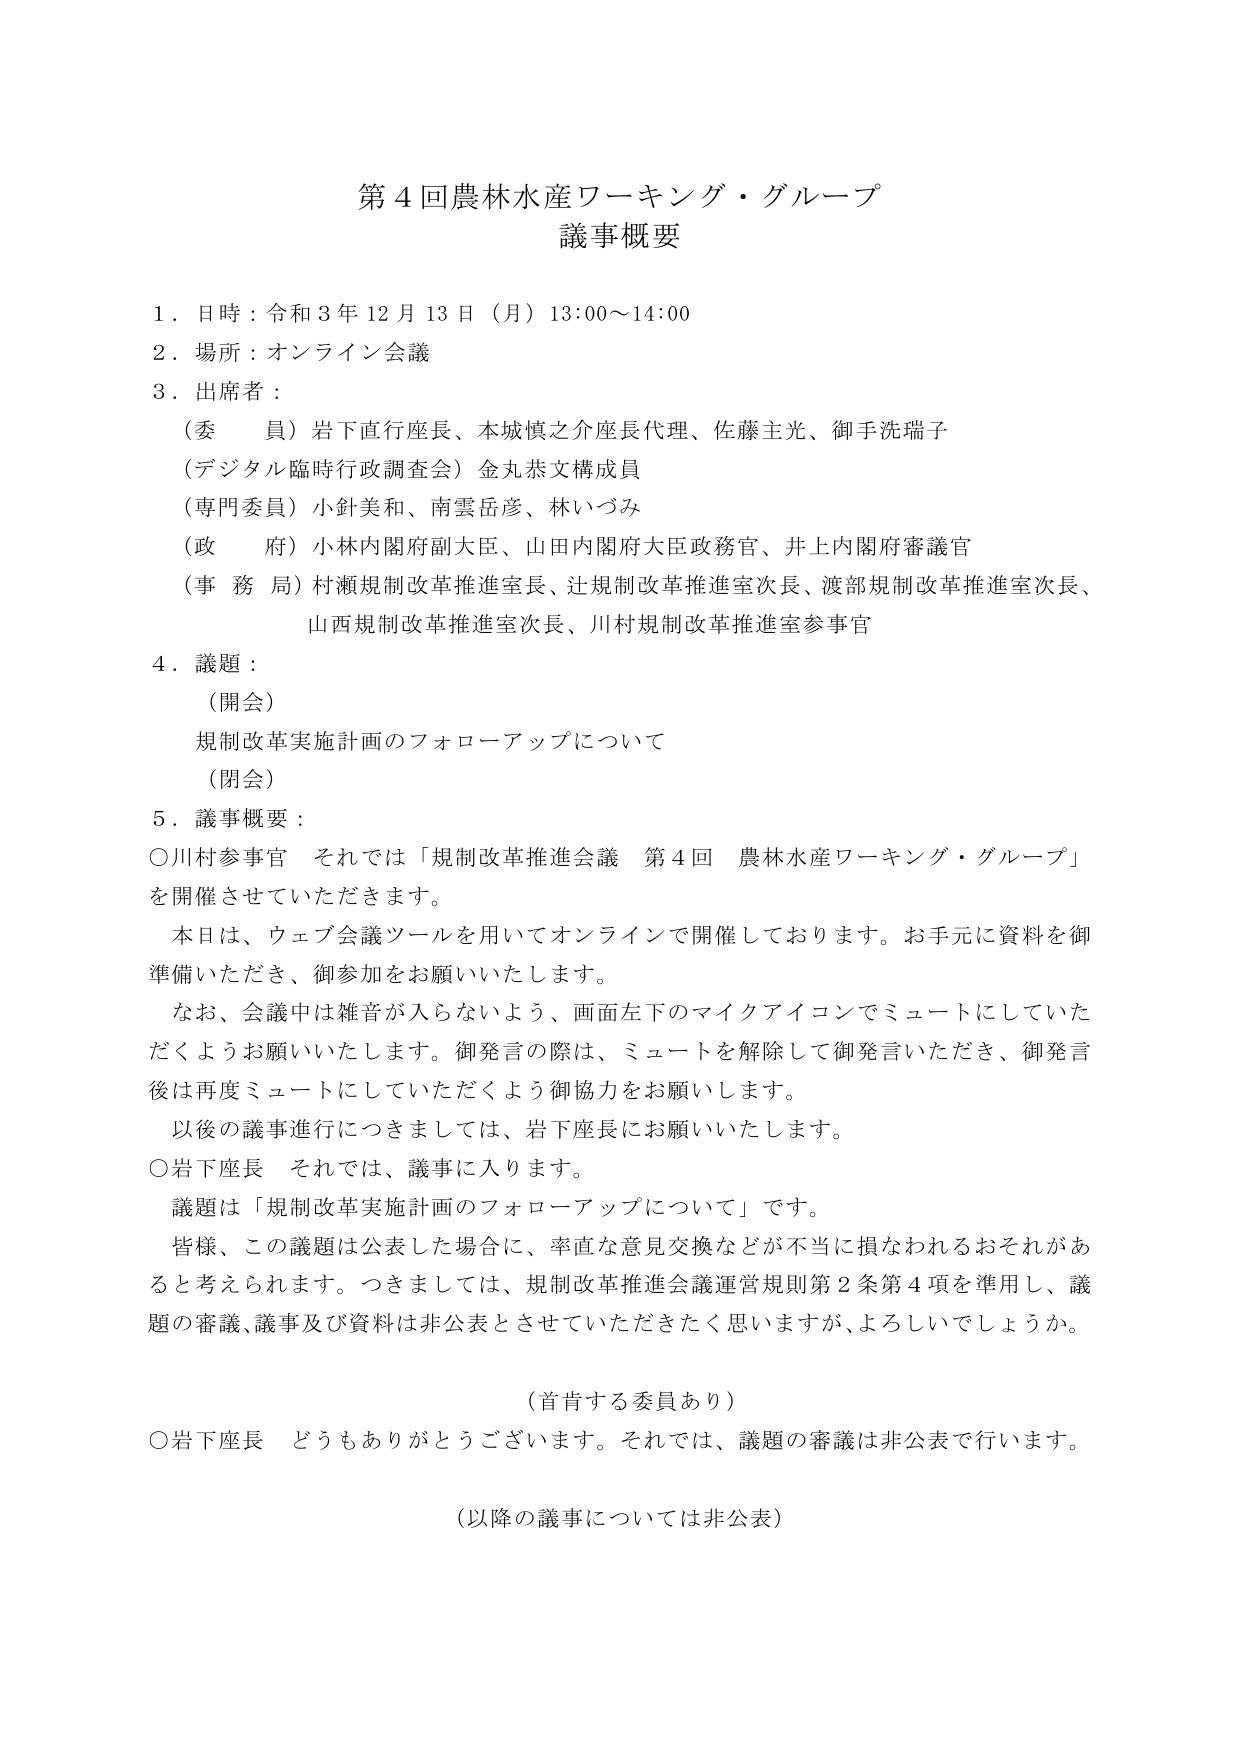
第４回農林水産ワーキング・グループ
議事概要

１．日時：令和３年１２月１３日（月）１３:００～１４:００
２．場所：オンライン会議
３．出席者：
　（委　員）岩下直行座長、本城慎之介座長代理、佐藤主光、御手洗瑞子
　（デジタル臨時行政調査会）金丸恭文構成員
　（専門委員）小針美和、南雲岳彦、林いづみ
　（政　府）小林内閣府副大臣、山田内閣府大臣政務官、井上内閣府審議官
　（事　務　局）村瀬規制改革推進室長、辻規制改革推進室次長、渡部規制改革推進室次長、
　　　　　　山西規制改革推進室次長、川村規制改革推進室参事官

４．議題：
　（開会）
　　規制改革実施計画のフォローアップについて
　（閉会）

５．議事概要：
　○川村参事官　それでは「規制改革推進会議　第４回　農林水産ワーキング・グループ」
　　を開催させていただきます。
　　本日は、ウェブ会議ツールを用いてオンラインで開催しております。お手元に資料を御
　　準備いただき、御参加をお願いいたします。
　　なお、会議中は雑音が入らないよう、画面左下のマイクアイコンでミュートにしていただ
　　くようお願いいたします。御発言の際は、ミュートを解除して御発言いただき、御発言
　　後は再度ミュートにしていただくよう御協力をお願いします。
　　以後の議事進行につきましては、岩下座長にお願いいたします。
　○岩下座長　それでは、議事に入ります。
　　議題は「規制改革実施計画のフォローアップについて」です。
　　皆様、この議題は公表した場合に、率直な意見交換などが不当に損なわれるおそれがあ
　　ると考えられます。つきましては、規制改革推進会議運営規則第２条第４項を準用し、議
　　題の審議、議事及び資料は非公表とさせていただきたく思いますが、よろしいでしょうか。

　　（首肯する委員あり）
　○岩下座長　どうもありがとうございます。それでは、議題の審議は非公表で行います。

　　（以降の議事については非公表）